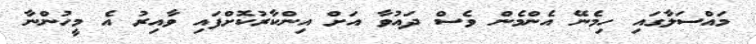
މައްސަލާގައި ހިމެނޭ އެންމެން ވެސް ދައުވާ އަށް އިންކާރުކޮށްފައި ވާއިރު އެ މީހުންނާ